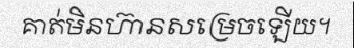
គាត់មិនហ៊ានសម្រេចឡើយ។